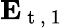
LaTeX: \mathbf{E}_{\mathrm{~t~,~1~}}